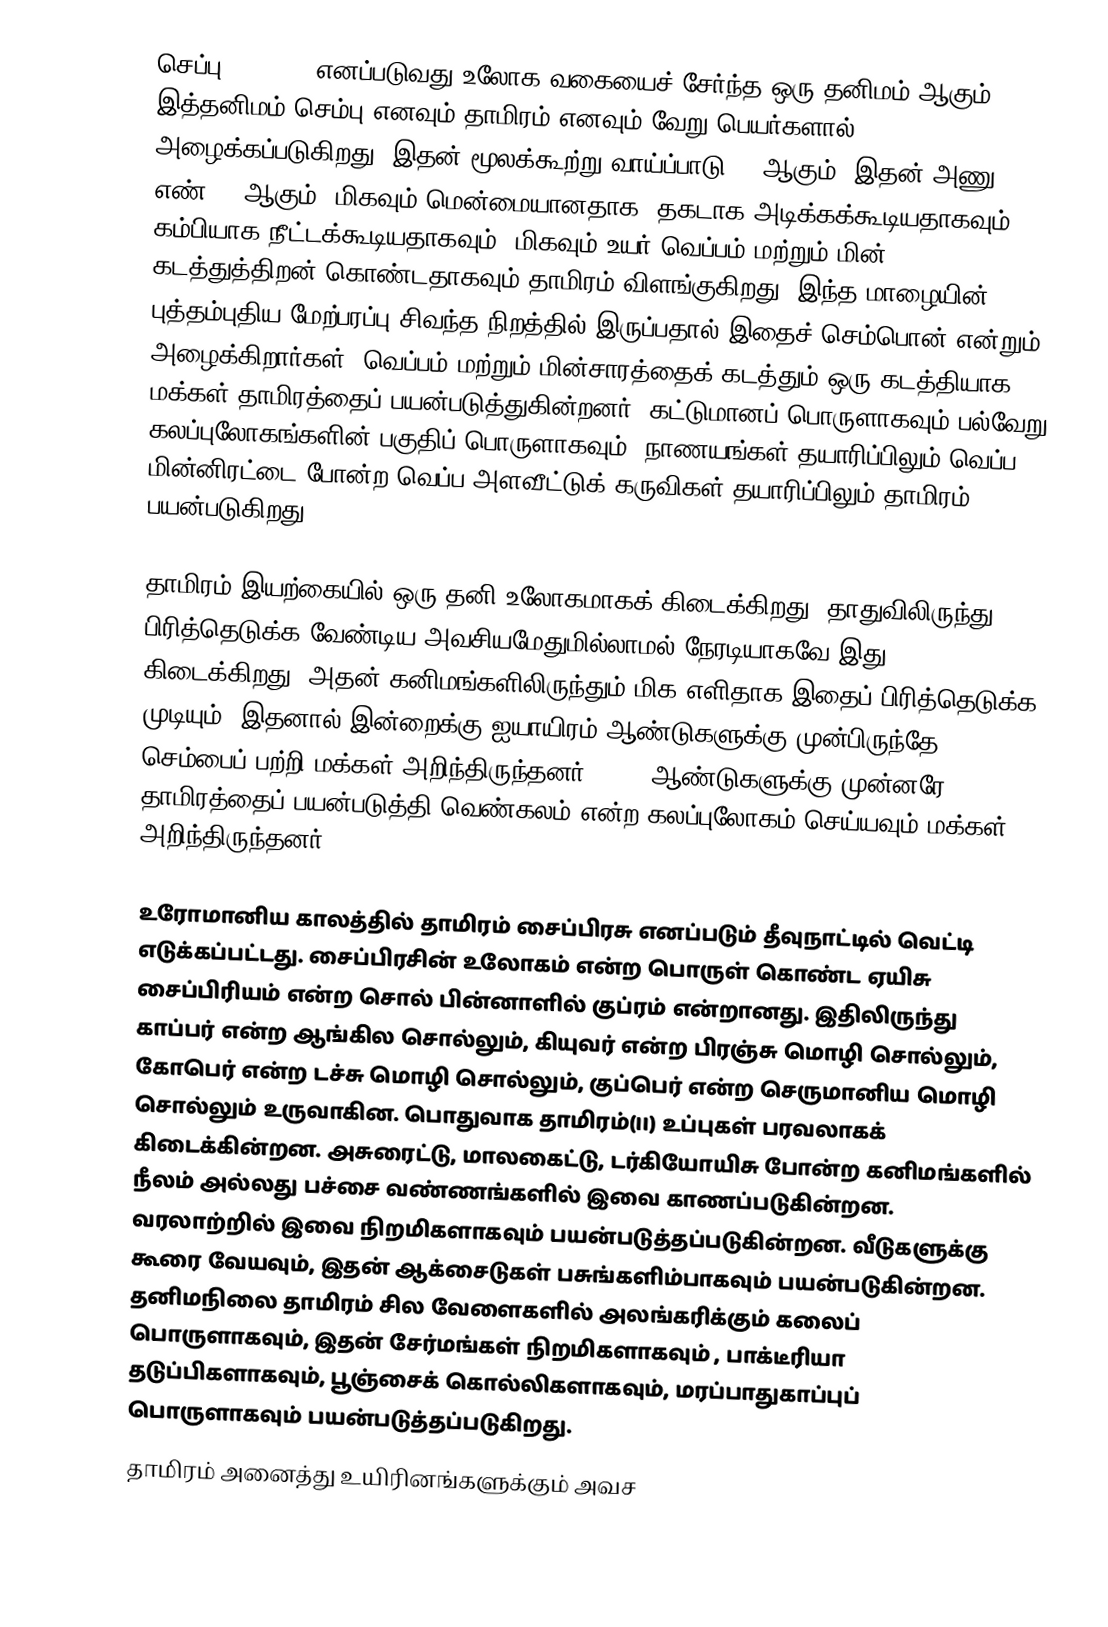
செப்பு (Copper) எனப்படுவது உலோக வகையைச் சேர்ந்த ஒரு தனிமம் ஆகும். இத்தனிமம் செம்பு எனவும் தாமிரம் எனவும் வேறு பெயர்களால் அழைக்கப்படுகிறது. இதன் மூலக்கூற்று வாய்ப்பாடு  Cu ஆகும். இதன் அணு எண் 29 ஆகும். மிகவும் மென்மையானதாக, தகடாக அடிக்கக்கூடியதாகவும், கம்பியாக நீட்டக்கூடியதாகவும், மிகவும் உயர் வெப்பம் மற்றும் மின் கடத்துத்திறன் கொண்டதாகவும் தாமிரம் விளங்குகிறது. இந்த மாழையின் புத்தம்புதிய மேற்பரப்பு சிவந்த நிறத்தில் இருப்பதால் இதைச் செம்பொன் என்றும் அழைக்கிறார்கள். வெப்பம் மற்றும் மின்சாரத்தைக் கடத்தும் ஒரு கடத்தியாக மக்கள் தாமிரத்தைப் பயன்படுத்துகின்றனர். கட்டுமானப் பொருளாகவும் பல்வேறு கலப்புலோகங்களின் பகுதிப் பொருளாகவும், நாணயங்கள் தயாரிப்பிலும் வெப்ப மின்னிரட்டை போன்ற வெப்ப அளவீட்டுக் கருவிகள் தயாரிப்பிலும் தாமிரம் பயன்படுகிறது.

தாமிரம் இயற்கையில் ஒரு தனி உலோகமாகக் கிடைக்கிறது. தாதுவிலிருந்து பிரித்தெடுக்க வேண்டிய அவசியமேதுமில்லாமல் நேரடியாகவே இது கிடைக்கிறது. அதன் கனிமங்களிலிருந்தும் மிக எளிதாக இதைப் பிரித்தெடுக்க முடியும். இதனால் இன்றைக்கு ஐயாயிரம் ஆண்டுகளுக்கு முன்பிருந்தே செம்பைப் பற்றி மக்கள் அறிந்திருந்தனர். 3500 ஆண்டுகளுக்கு முன்னரே தாமிரத்தைப் பயன்படுத்தி வெண்கலம் என்ற கலப்புலோகம் செய்யவும் மக்கள் அறிந்திருந்தனர்.

உரோமானிய காலத்தில் தாமிரம் சைப்பிரசு எனப்படும் தீவுநாட்டில் வெட்டி எடுக்கப்பட்டது. சைப்பிரசின் உலோகம் என்ற பொருள் கொண்ட ஏயிசு சைப்பிரியம் என்ற சொல் பின்னாளில் குப்ரம் என்றானது. இதிலிருந்து காப்பர் என்ற ஆங்கில சொல்லும், கியுவர் என்ற பிரஞ்சு மொழி சொல்லும், கோபெர் என்ற டச்சு மொழி சொல்லும், குப்பெர் என்ற செருமானிய மொழி சொல்லும் உருவாகின. பொதுவாக தாமிரம்(II) உப்புகள் பரவலாகக் கிடைக்கின்றன. அசுரைட்டு, மாலகைட்டு, டர்கியோயிசு போன்ற கனிமங்களில்  நீலம் அல்லது பச்சை வண்ணங்களில் இவை காணப்படுகின்றன. வரலாற்றில் இவை நிறமிகளாகவும் பயன்படுத்தப்படுகின்றன. வீடுகளுக்கு கூரை வேயவும், இதன் ஆக்சைடுகள் பசுங்களிம்பாகவும் பயன்படுகின்றன. தனிமநிலை தாமிரம் சில வேளைகளில் அலங்கரிக்கும் கலைப் பொருளாகவும், இதன் சேர்மங்கள் நிறமிகளாகவும் , பாக்டீரியா தடுப்பிகளாகவும், பூஞ்சைக் கொல்லிகளாகவும், மரப்பாதுகாப்புப் பொருளாகவும் பயன்படுத்தப்படுகிறது.
தாமிரம் அனைத்து உயிரினங்களுக்கும் அவச